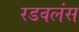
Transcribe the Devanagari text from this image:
रडवलंस